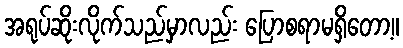
အရုပ်ဆိုးလိုက်သည်မှာလည်း ပြောစရာမရှိတော့။